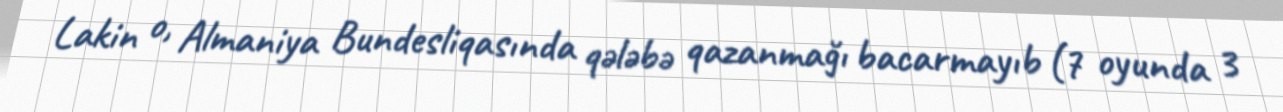
Lakin o, Almaniya Bundesliqasında qələbə qazanmağı bacarmayıb (7 oyunda 3